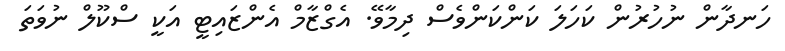
ހަނދާން ނުހުރުން ކަހަލަ ކަންކަންވެސް ދިމާވޭ. އެގްޒާމް އެންޒައިޓީ އަކީ ސްކޫލް ނުވަތަ